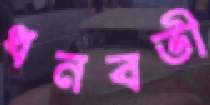
ধনবতী